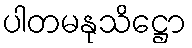
ပါတမနုသိဋ္ဌော